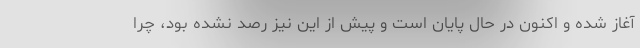
آغاز شده و اکنون در حال پایان است و پیش از این نیز رصد نشده بود، چرا